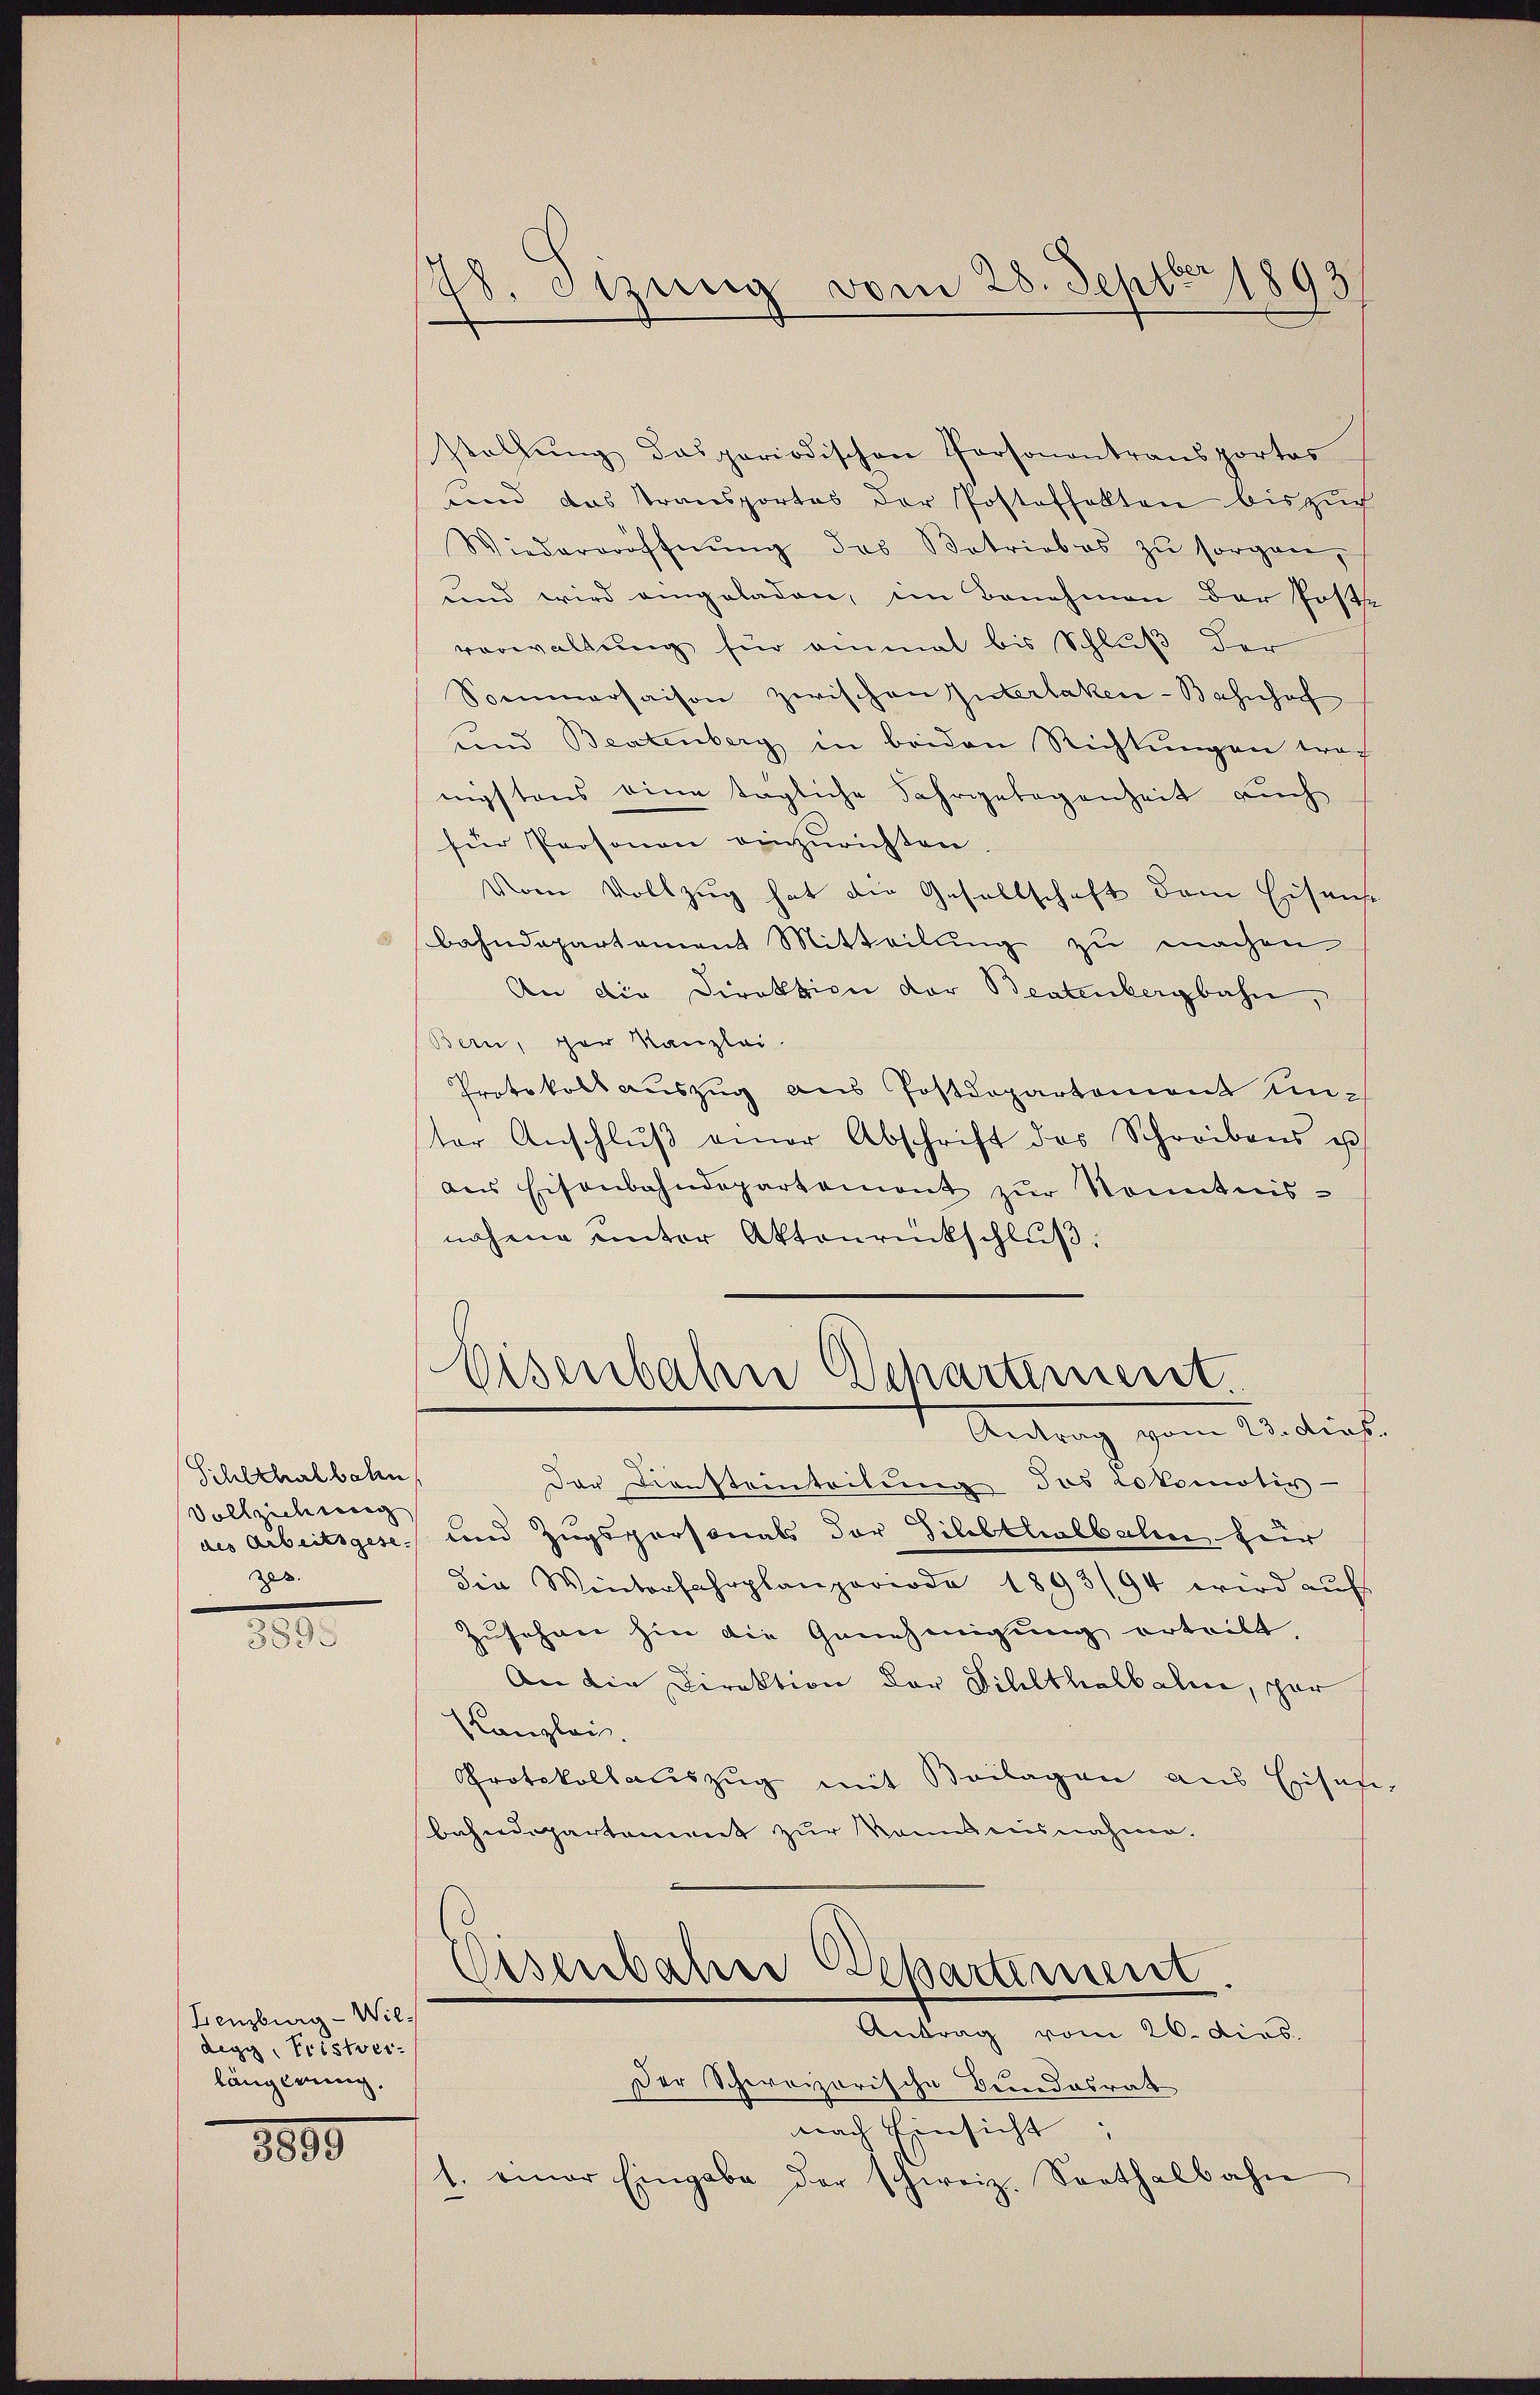
78. etzung vom 28. Septer 1893

stallŭng dasperiodischen Personantransportas
und das Transportes der Postoffelten biszuch
Wiedereröffnŭng des Betriebes zŭ sorgen,
und wird eingeladen, im Benehmen der Postverwaltung für einmal bis Schluß der
Sommersaison zwischen Interlaken-Bahnhoff
und Beatenberg in beiden Richtungen trac
nigstens eine tägliche Fahrgelegenheit auch
für Personen einzurichten.
Vom Vollzug hat die Gesellschaft dem Eisens
bahndepartement Mitteilung zu machen
An die Direktion der Beatenbergbahn,
Bern, der Kanzlei
Protokoll auszug aus Postdepartement unter Anschlŭβ einer Abschrift des Schreibens u
aus Eisenbahndepartement zur Kenntnis-
nahme unter Aktenrückschluß.

Eisenbahn Departement
Antrag zum Anliefe

der Diensteinteilung des Lokomotiv-
und Zugspersonals der Tilbthalbalen für
die Winterfahrplanperiode 1893/94 wird aŭf
Zusehen hin die Genehmigung erteilt.
An die Direktion der Sihlthalbahn, por
Kanzlei.
Protokollauszug mit Beilagen aus Eisen-
bahndepartement zur Konsensnahme.
Eisenbahn (Separtement
Antrag vom 26. dies.
Der Schweizerische Bundesrath
nach Einsicht:
1. einer Eingabe der schweiz. Sorthalbahn

Schlehralbahn
Vollziehweig
des Arbeitsgese
zes.

3899

Lenzburg - Wildegg, Fristver-
längerung.

3805